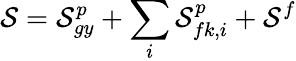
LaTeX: \mathcal{S}=\mathcal{S}_{gy}^{p}+\sum_{i}\mathcal{S}_{fk,i}^{p}+\mathcal{S}^{f}